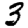
Digit: 3